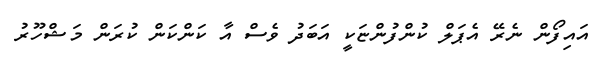
އައިފޯން ނެރޭ އެޕަލް ކުންފުންޏަކީ އަބަދު ވެސް އާ ކަންކަން ކުރަން މަޝްހޫރު